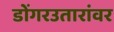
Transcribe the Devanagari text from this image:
डोंगरउतारांवर